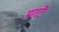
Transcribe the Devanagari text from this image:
प्रगटै